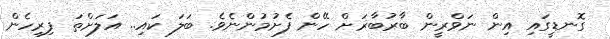
ގޮނޑީގައި އިން ނަވްރީން ބާރުބާޜަށް ހޭން ފެށުމުންނެވެ. ބަލަ ކައި.. އަލަށްތަ ފިރިހެން